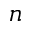
n